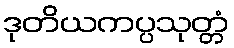
ဒုတိယကပ္ပသုတ္တံ